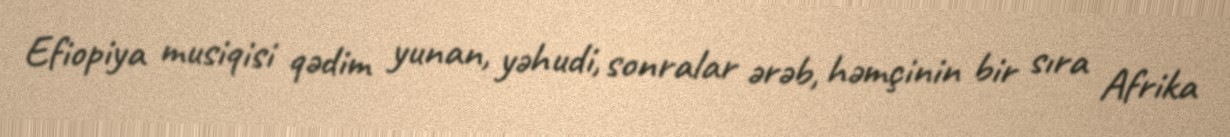
Efiopiya musiqisi qədim yunan, yəhudi, sonralar ərəb, həmçinin bir sıra Afrika